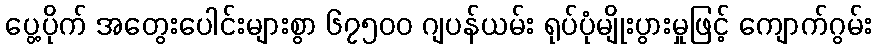
ပွေ့ပိုက် အတွေးပေါင်းများစွာ ၆၇၅၀၀ ဂျပန်ယမ်း ရုပ်ပုံမျိုးပွားမှုဖြင့် ကျောက်ဂွမ်း